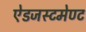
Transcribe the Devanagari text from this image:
ऐडजस्टमेण्ट